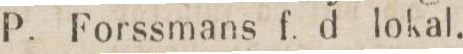
205    P. Forssmans f. d lokal.